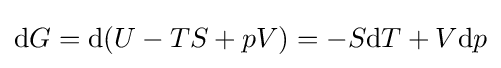
\mathrm {d} G=\mathrm {d} (U-TS+pV)=-S\mathrm {d} T+V\mathrm {d} p